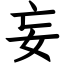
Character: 妄